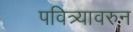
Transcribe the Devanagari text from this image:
पवित्र्यावरुन